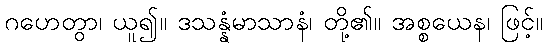
ဂဟေတွာ၊ ယူ၍။ ဒသန္နံမာသာနံ၊ တို့၏။ အစ္စယေန၊ ဖြင့်။